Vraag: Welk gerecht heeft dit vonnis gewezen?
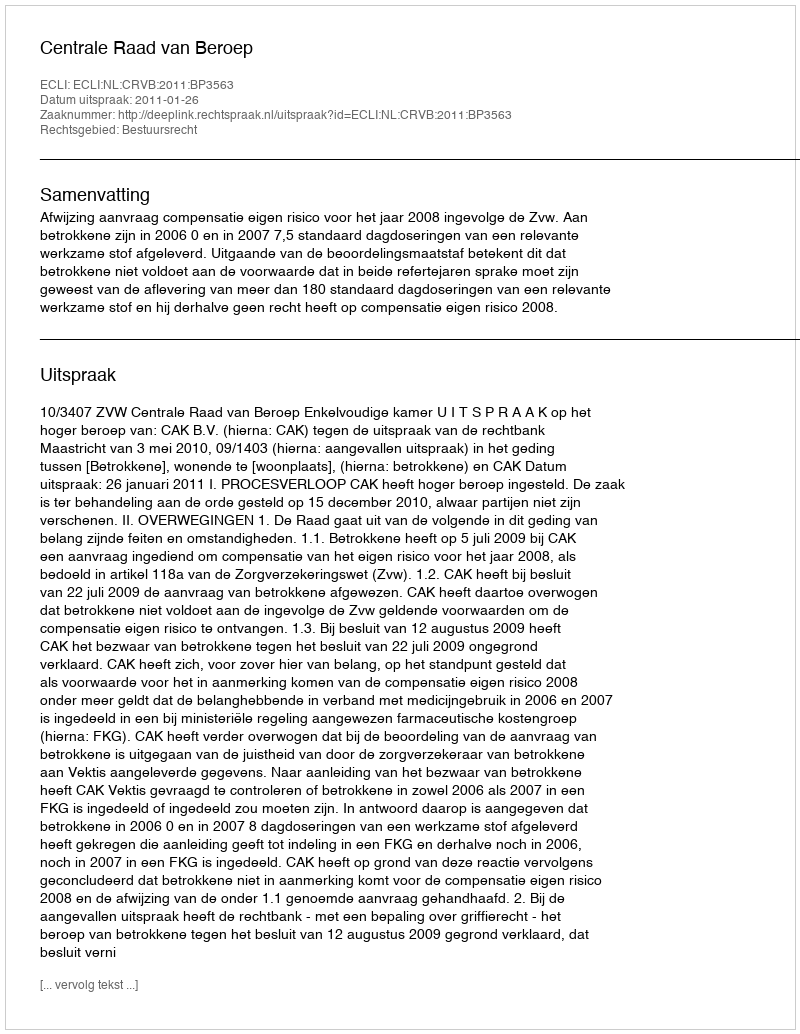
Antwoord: Centrale Raad van Beroep